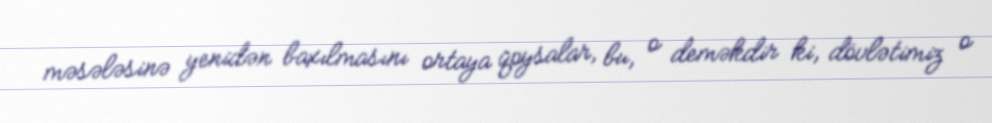
məsələsinə yenidən baxılmasını ortaya qoysalar, bu, o deməkdir ki, dövlətimiz o